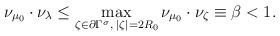
\begin{align*}\nu_{\mu_0} \cdot \nu_{\lambda} \leq \max_{\zeta \in \partial \Gamma^{\sigma}, \; |\zeta| = 2 R_0} \nu_{\mu_0} \cdot \nu_{\zeta} \equiv \beta < 1. \end{align*}